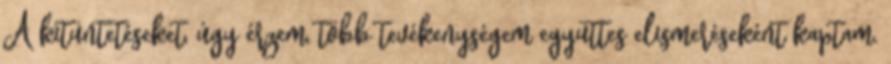
A kitüntetéseket, úgy érzem, több tevékenységem együttes elismeréseként kaptam.